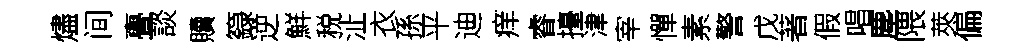
燼间亹談贖籙逆鮮税沚衣孫平迪痒睿擡津宰憚素警戊著假唱塵隈莢偏